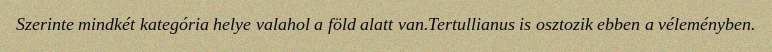
Szerinte mindkét kategória helye valahol a föld alatt van.Tertullianus is osztozik ebben a véleményben.